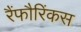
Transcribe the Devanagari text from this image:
रैंफौरिंकस